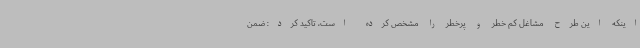
اینکه این طرح مشاغل کم خطر و پرخطر را مشخص کرده است، تاکید کرد: ضمن